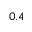
0 . 4